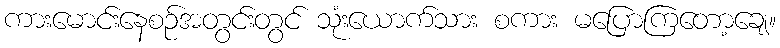
ကားမောင်းနေစဉ်အတွင်းတွင် သုံးယောက်သား စကား မပြောကြတော့ချေ။